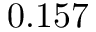
0 . 1 5 7